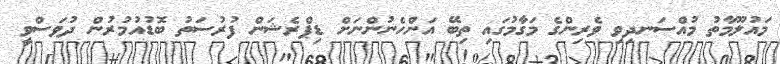
މައުލޫމާތު މުއްސަނދިވި ވެރިންގެ މަގާމުގައި ތިބޭ އަންހެނުންނަށް ޑިޕްރެޝަން ފުރުސަތު ބޮޑުއުމުރުން ދުވަސްވީ